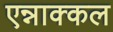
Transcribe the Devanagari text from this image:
एन्नाक्कल